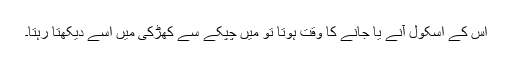
اس کے اسکول آنے یا جانے کا وقت ہوتا تو میں چپکے سے کھڑکی میں اسے دیکھتا رہتا۔